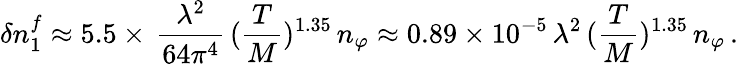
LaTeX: \delta n_{1}^{f}\approx 5.5\times\, \frac{\lambda^{2}}{64\pi^{4}}\, (\frac{T}{M})^{1.35}\, n_{\varphi}\approx 0.89\times 10^{-5}\, \lambda^{2}\, (\frac{T}{M})^{1.35}\, n_{\varphi}\, .